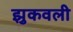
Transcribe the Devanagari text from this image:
झुकवली